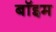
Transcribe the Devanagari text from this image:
बॉइम